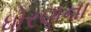
ધોરણના